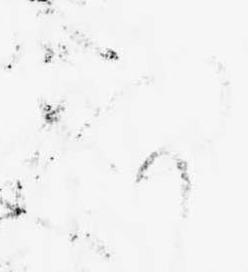
何